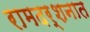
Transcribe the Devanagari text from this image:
रामदर्शनात